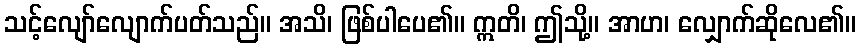
သင့်လျော်လျောက်ပတ်သည်။ အသိ၊ ဖြစ်ပါပေ၏။ ဣတိ၊ ဤသို့။ အာဟ၊ လျှောက်ဆိုလေ၏။